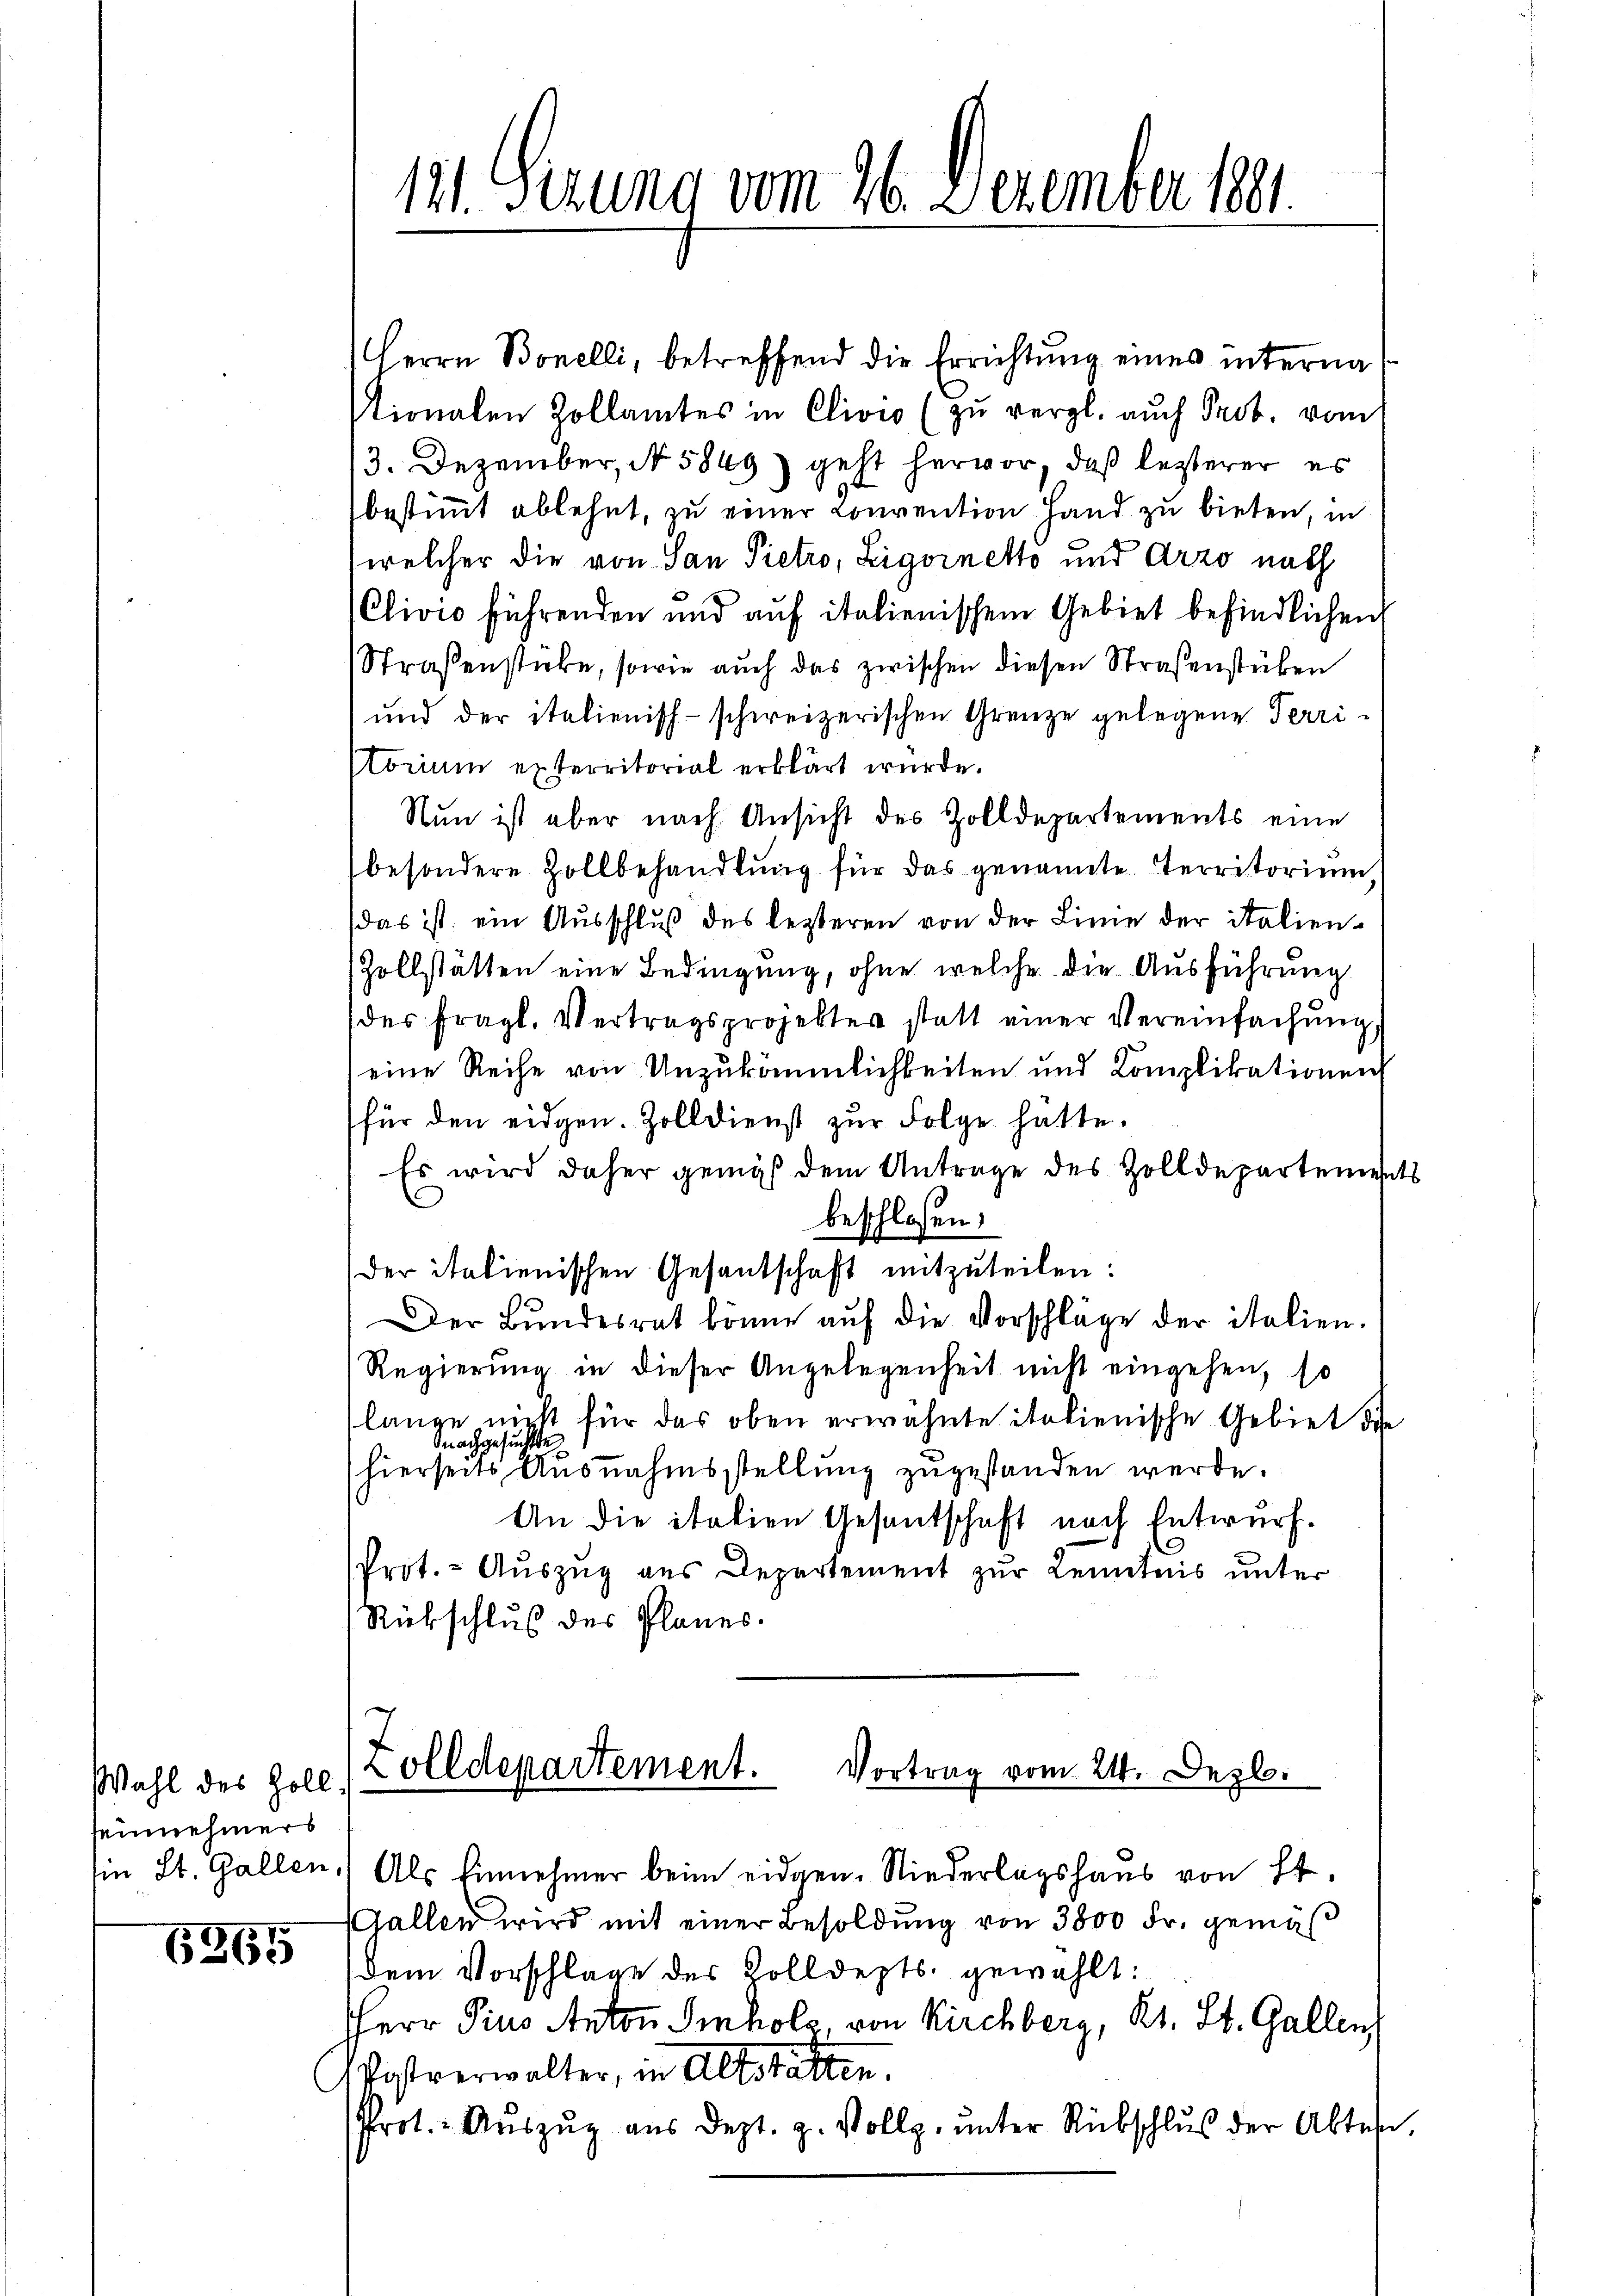
Wahl des Zollseinnehmers

1367

121. Sizung vom 26. Dezember 1891

Herrn Bonelli, betreffend die Errichtung eines interna
tionalen Zollamtes in Clivio (zu vergl. auch Prob. vom
13. Dezember, No 5849) geht hervor, daß lezterer es
bestimmt ablehnt, zu einer Convention Hand zu bieten, in
welcher die von San Pietro, Ligoinetto und Arzo nach
Clivio führenden und aŭf italienischem Gebiet befindlichen
Straßenstücke, sowie auch das zwischen diesen Straßenstücken
und der italienisch-schweizerischen Grenze gelegene Terristorium exterritorial erklärt wurde.
Nun ist aber nach Ansicht des Zolldepartements eine
besondere Zollbehandlung für das genannte Territorium,
(das ist ein Ausschluß des lezteren von der Linie der italien¬
Zollstätten eine Bedingung, ohne welche die Ausführung
des fragl. Vertragsprojekter statt einer Vereinfachŭng
eine Reihe von Unzukämmlichkeiten und Komplikationen
für den eidgen. Zolldienst zur Folge hatte.
Es wird daher gemäß dem Antrage des Zolldepartements
beschlossen:
der italienischen Gesandschaft mitzuteilen:
Der Bŭndesrat könne aŭf die Vorschläge der italien.
Regierung in dieser Angelegenheit nicht eingehen, so
lange nicht für das oben erwähnte italienische Gebiet die
nachgesuchte
(hierseits Ausnahmsstellung zugestanden werde.
An die italien Gesantschaft nach Entwurf.
Prot. - Auszug aus Departement zur Kenntnis unter
Rückschluß des Planes.

Zolldepartement.
Vortrag vom 24. Dezb.

in St. Gallen.) Als Einnehmer beim eidgen. Niederlagshaus von St.
Gallen wird mit einer Besoldung von 3800 Fr. gemäß
dem Vorschlage des Zolldepts gewählt:
Herr Pius Anton Imhols von Kirchberg, Kt. St. Gallenz
Postverwalter, in Altstatten.
Prot. Aŭszŭg aŭs dept. z. Vollz, ŭnter Rückschlŭs der Abtes,